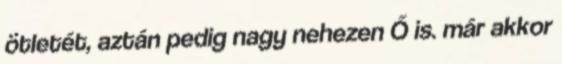
ötletét, aztán pedig nagy nehezen Ő is. már akkor